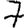
Digit: 7